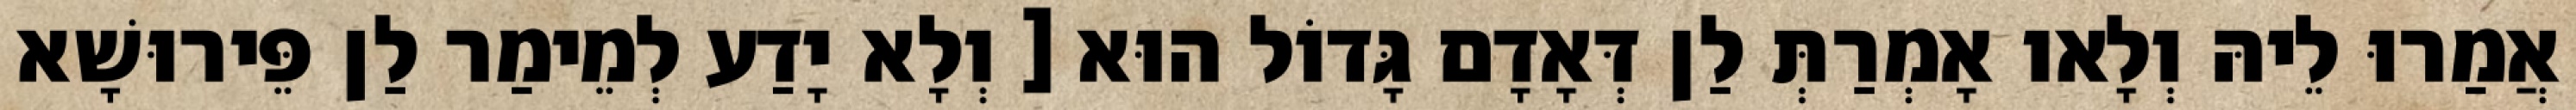
אֲמַרוּ לֵיהּ וְלָאו אָמְרַתְּ לַן דְּאָדָם גָּדוֹל הוּא [ וְלָא יָדַע לְמֵימַר לַן פֵּירוּשָׁא